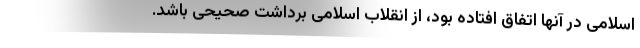
اسلامی در آنها اتفاق افتاده بود، از انقلاب اسلامی برداشت صحیحی باشد.